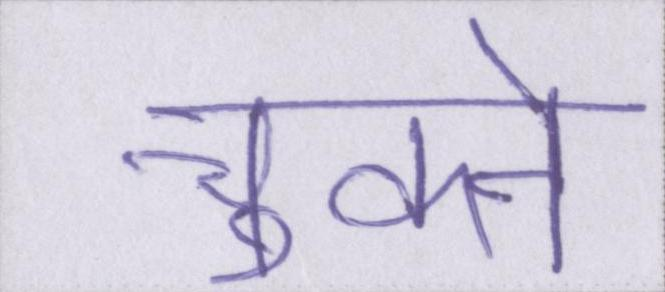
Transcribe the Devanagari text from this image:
चूकने